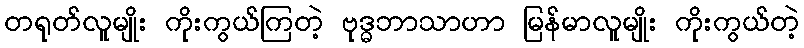
တရုတ်လူမျိုး ကိုးကွယ်ကြတဲ့ ဗုဒ္ဓဘာသာဟာ မြန်မာလူမျိုး ကိုးကွယ်တဲ့